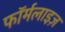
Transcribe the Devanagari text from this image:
फॉर्मलाइज़